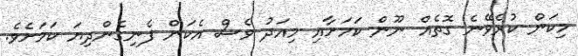
މިކަން ކުރެވޭނެ ގޮތެއް ނޫން ކަމަށާއި މިއަދު ވެސް އެކަން ފެނިގެންދިޔަ ކަމަށެވެ.